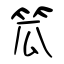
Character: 笟